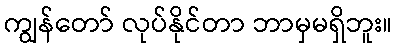
ကျွန်တော် လုပ်နိုင်တာ ဘာမှမရှိဘူး။